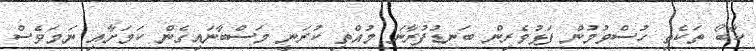
ކާބޯ ތަކެތި ހުސްވުމުން ފަޅުވެރިން ބަނޑުފުރާނަ މުއްތި ކުރަނީ މަސްބާނައިގެން ކަމަށާއި ނަމަވެސް